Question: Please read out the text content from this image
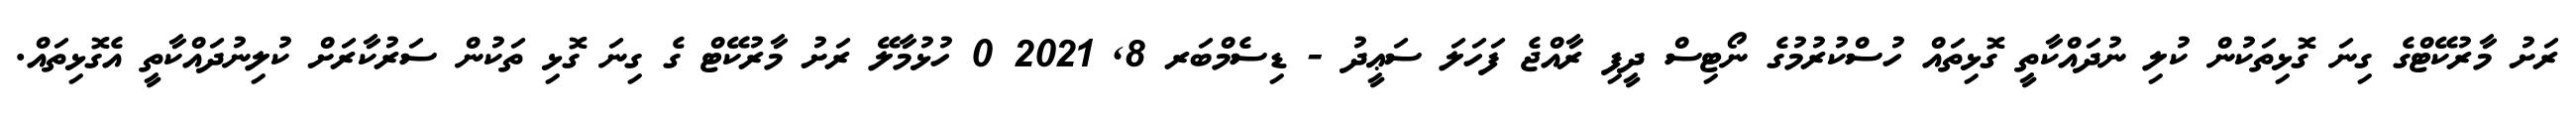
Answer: ރަށު މާރުކޭޓްގެ ގިނަ ގޮޅިތަކުން ކުލި ނުދައްކާތީ ގޮޅިތައް ހުސްކުރުމުގެ ނޯޓިސް ދީފި ރާއްޖެ ފަހަލަ ސަޢީދު - ޑިސެމްބަރ 8, 2021 0 ހުޅުމާލޭ ރަށު މާރުކޭޓް ގެ ގިނަ ގޮޅި ތަކުން ސަރުކާރަށް ކުލިނުދައްކާތީ އެގޮޅިތައް.